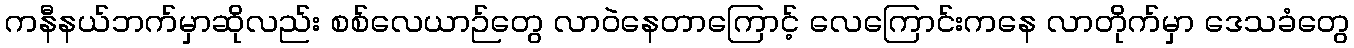
ကနီနယ်ဘက်မှာဆိုလည်း စစ်လေယာဉ်တွေ လာဝဲနေတာကြောင့် လေကြောင်းကနေ လာတိုက်မှာ ဒေသခံတွေ